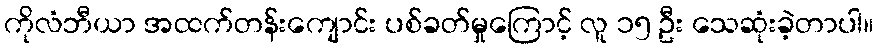
ကိုလံဘီယာ အထက်တန်းကျောင်း ပစ်ခတ်မှုကြောင့် လူ ၁၅ ဦး သေဆုံးခဲ့တာပါ။